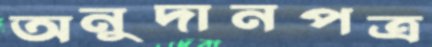
অনুদানপত্র